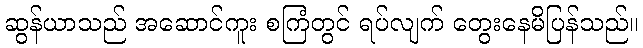
ဆွန်ယာသည် အဆောင်ကူး စကြံတွင် ရပ်လျက် တွေးနေမိပြန်သည်။